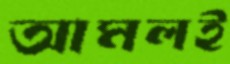
আমলই